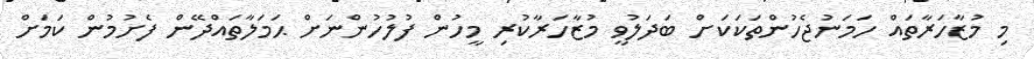
މި މުޒާހަރާތައް ހަމަނުޖެހުންތަކަކަށް ބަދަލުވީ މުޒާހަރާކުރި މީހުން ފުލުހުންނަށް ޙަމަލާތައްދޭން ފެށުމުން ކަމަށް